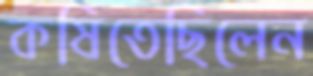
কষিতেছিলেন